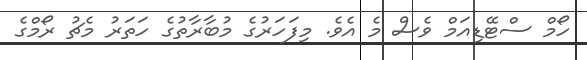
ހޯމް ސްޓޭޑިއަމް ވެސް މެ އެވެ. މިފަހަރުގެ މުބާރާތުގެ ހަތަރު މެޗު ރޯމްގެ